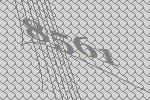
8561